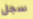
سجل